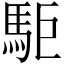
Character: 駏